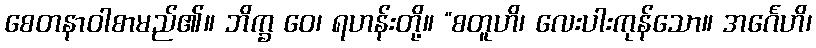
စေတနာဝါစာမည်၏။ ဘိက္ခ ဝေ၊ ရဟန်းတို့။ “စတူဟိ၊ လေးပါးကုန်သော။ အင်္ဂေဟိ၊